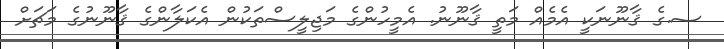
ސ.ގެ ޤާނޫނަކީ އެމެއް މަތީ ޤާނޫނު. އެމީހުންގެ މަޖިލީސްތަކުން އެކަލާންގެ ޤާނޫނުގެ މަޗަށް